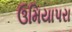
ઉમિયાપરા